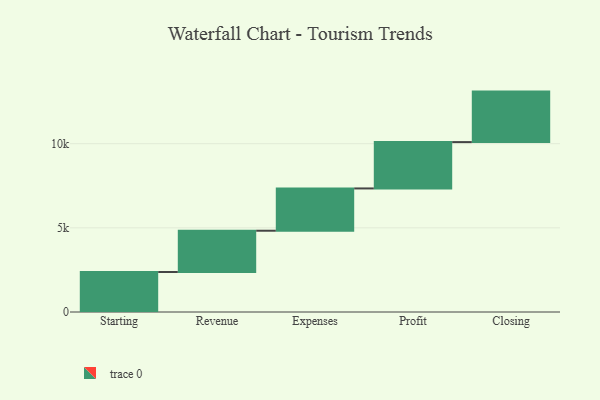
{"axis": {"x": "Step", "y": "Value"}, "legend": [""], "data": [{"x": "Starting", "y": 2375.0, "type": ""}, {"x": "Revenue", "y": 2454.0, "type": ""}, {"x": "Expenses", "y": 2512.0, "type": ""}, {"x": "Profit", "y": 2753.0, "type": ""}, {"x": "Closing", "y": 3000, "type": ""}]}